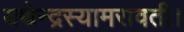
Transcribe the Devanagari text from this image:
यथेन्‍द्रस्‍यामरावती।